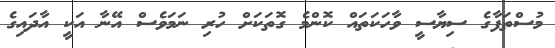
މުސްތަފާގެ ސިޔާސީ ވާހަކަތައް ކޮންމެ ގޮތަކަށް ހުރި ނަމަވެސް އޭނާ އަކީ އާދައިގެ